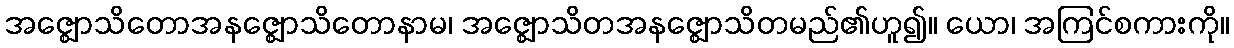
အဇ္ဈောသိတောအနဇ္ဈောသိတောနာမ၊ အဇ္ဈောသိတအနဇ္ဈောသိတမည်၏ဟူ၍။ ယော၊ အကြင်စကားကို။